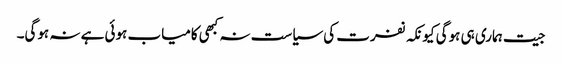
جیت ہماری ہی ہوگی کیونکہ نفرت کی سیاست نہ کبھی کامیاب ہوئی ہے نہ ہوگی۔